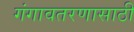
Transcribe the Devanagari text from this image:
गंगावतरणासाठी